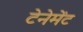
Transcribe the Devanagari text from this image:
टेनेमेंट